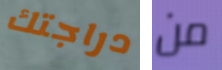
دراجتك من